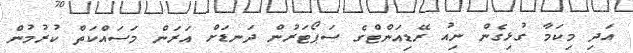
އަދި މިކަމާ ގުޅިގެން ނިއު ރޭޑިއަންޓްގެ ސަޕޯޓަރުން ދަނޑަށް އަރަން މަސައްކަތް ކުރުމުން